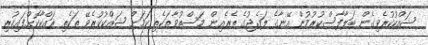
ޝައްކުކުރެވިގެން ބަލާފާސްކުރުމުން އޭނާގެ ލަގެޖުގެ ތެރެއިން މަސްތުވާތަކެތި ކަމަށް ޝައްކުކުރެވޭ ތަކެތި ރައްކާކޮށްފައިހުރި